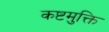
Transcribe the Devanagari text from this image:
कष्टमुक्ति